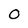
Character: o